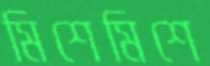
মিশেমিশে